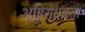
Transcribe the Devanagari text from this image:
अग्निरोधकता